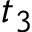
t _ { 3 }